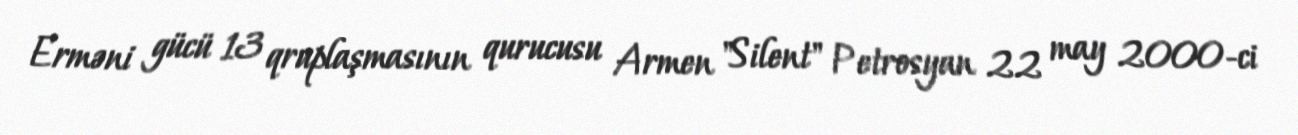
Erməni gücü 13 qruplaşmasının qurucusu Armen "Silent" Petrosyan 22 may 2000-ci